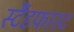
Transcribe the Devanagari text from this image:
स्टैंडफास्ट